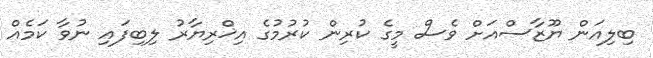
ބިލިއަން ޔޫޒާސްއަށް ވެސް މީގެ ކުރިން ކުރުމުގެ އިޚްރިޔާރު ލިބިފައި ނުވާ ކަމެއް